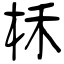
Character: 柇